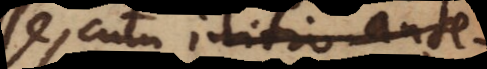
se, cum initio ante